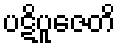
ပဋိပူဇေတိ